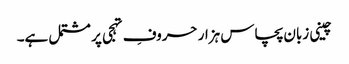
چینی زبان پچاس ہزار حروفِ تہجی پر مشتمل ہے۔